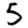
Digit: 5